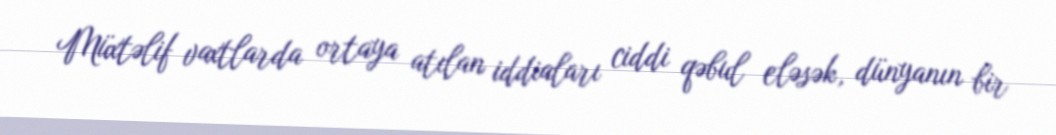
Müxtəlif vaxtlarda ortaya atılan iddiaları ciddi qəbul eləsək, dünyanın bir